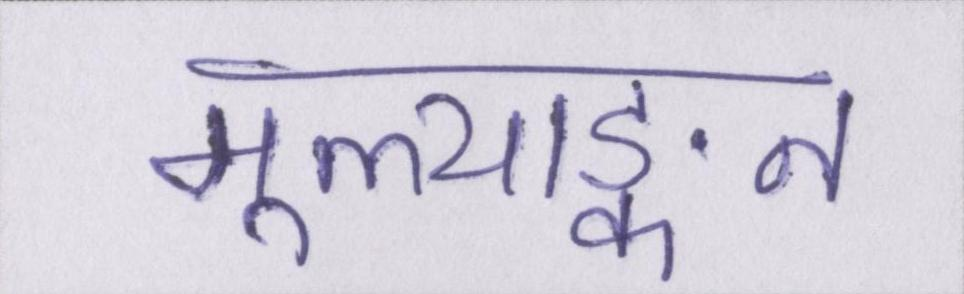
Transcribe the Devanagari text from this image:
मूल्याङ्कन